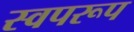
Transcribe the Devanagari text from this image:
स्वपरूप